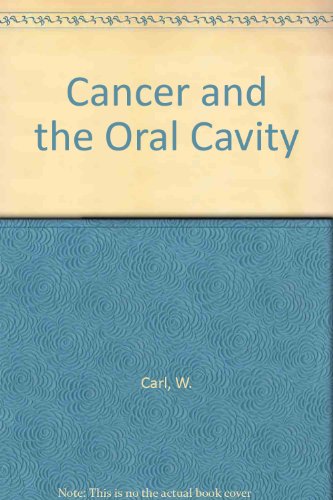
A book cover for Cancer and the Oral Cavity; Medical Books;